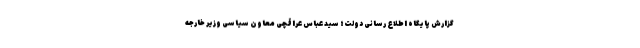
گزارش پایگاه اطلاع رسانی دولت؛ سید عباس عراقچی معاون سیاسی وزیر خارجه